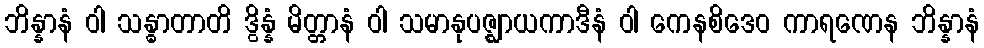
ဘိန္နာနံ ဝါ သန္ဓာတာတိ ဒွိန္နံ မိတ္တာနံ ဝါ သမာနုပဇ္ဈာယကာဒီနံ ဝါ ကေနစိဒေဝ ကာရဏေန ဘိန္နာနံ